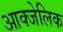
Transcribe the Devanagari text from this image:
आक्जेलिक